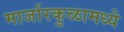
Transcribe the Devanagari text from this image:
मार्जारकुळामध्ये